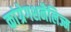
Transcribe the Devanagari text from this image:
कांग्रेगशनैलिज्म